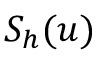
S _ { h } ( u )